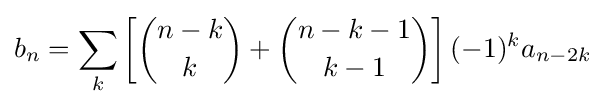
b_{n}=\sum _{k}\left[{\binom {n-k}{k}}+{\binom {n-k-1}{k-1}}\right](-1)^{k}a_{n-2k}